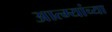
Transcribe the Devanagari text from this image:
आत्म्यांच्या